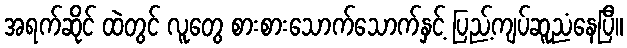
အရက်ဆိုင် ထဲတွင် လူတွေ စားစားသောက်သောက်နှင့် ပြည့်ကျပ်ဆူညံနေပြီ။